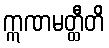
ဣဏမတ္ထီတိ